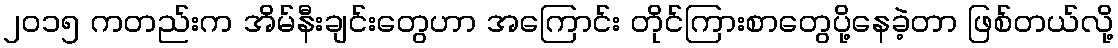
၂၀၁၅ ကတည်းက အိမ်နီးချင်းတွေဟာ အကြောင်း တိုင်ကြားစာတွေပို့နေခဲ့တာ ဖြစ်တယ်လို့